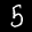
Digit: 5